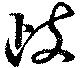
歧